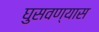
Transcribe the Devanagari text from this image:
घुसवण्यास